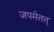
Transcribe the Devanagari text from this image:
जपमेतत्